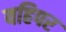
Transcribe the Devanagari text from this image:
यहिपर